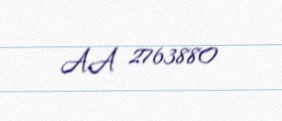
AA 2763880